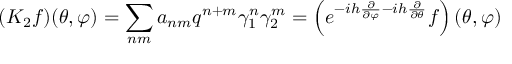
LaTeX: ( K _ { 2 } f ) ( \theta , \varphi ) = \sum _ { n m } a _ { n m } q ^ { n + m } \gamma _ { 1 } ^ { n } \gamma _ { 2 } ^ { m } = \left( e ^ { - i h \frac { \partial } { \partial \varphi } - i h \frac { \partial } { \partial \theta } } f \right) ( \theta , \varphi )